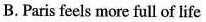
B. Paris feels more full of life